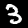
Digit: 3